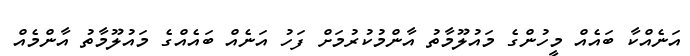
އަނެއްކާ ބައެއް މީހުންގެ މައުލޫމާތު އާންމުކުރުމަށް ފަހު އަނެއް ބައެއްގެ މައުލޫމާތު އާންމެއް